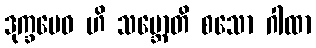
ဒုက္ခမေဝ ဟိ သမ္ဘောတိ စသော ဂါထာ